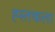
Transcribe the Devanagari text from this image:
ह्स्तकला